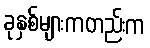
ခုနှစ်များကတည်းက